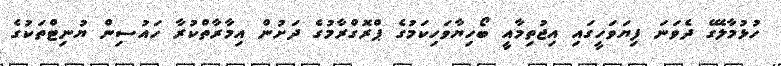
ހުޅުމާލޭގެ ދެވަނަ ފިޔަވަހީގައި އިޖުތިމާއީ ބޯހިޔާވަހިކަމުގެ ޕްރޮގްރާމުގެ ދަށުން އިމާރާތްކުރާ ހައުސިން ޔުނިޓްތަކުގެ